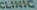
CLINIC